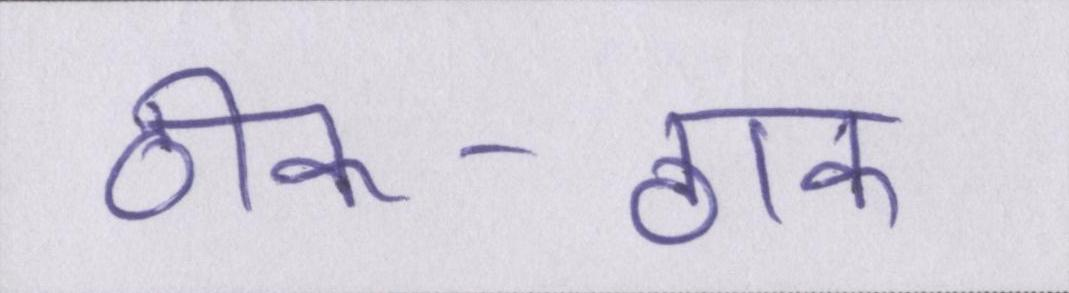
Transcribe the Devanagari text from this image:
ठीक-ठाक